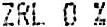
ZRL 0 %